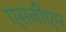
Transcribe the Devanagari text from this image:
एसबीएम